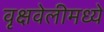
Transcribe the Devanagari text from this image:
वृक्षवेलीमध्ये